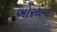
બોરથવા